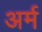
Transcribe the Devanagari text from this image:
अर्म